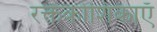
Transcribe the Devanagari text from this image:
रक्तकोशिकाएँ